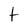
Character: t